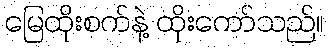
မြေထိုးစက်နဲ့ ထိုးကော်သည်။